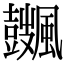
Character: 𩙏